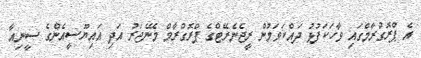
އެ ޕްރޮގްރާމްގައި ވާހަކަފުޅު ދައްކަވަމުން ރީޖެނެރޭޓްގެ ޕްރޮގްރާމް މެނޭޖަރު އަދި އައިޔޫސީއެންގެ ސީނިއާ